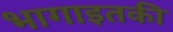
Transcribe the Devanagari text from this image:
भागाइतकी